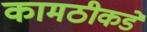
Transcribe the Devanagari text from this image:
कामठीकडे